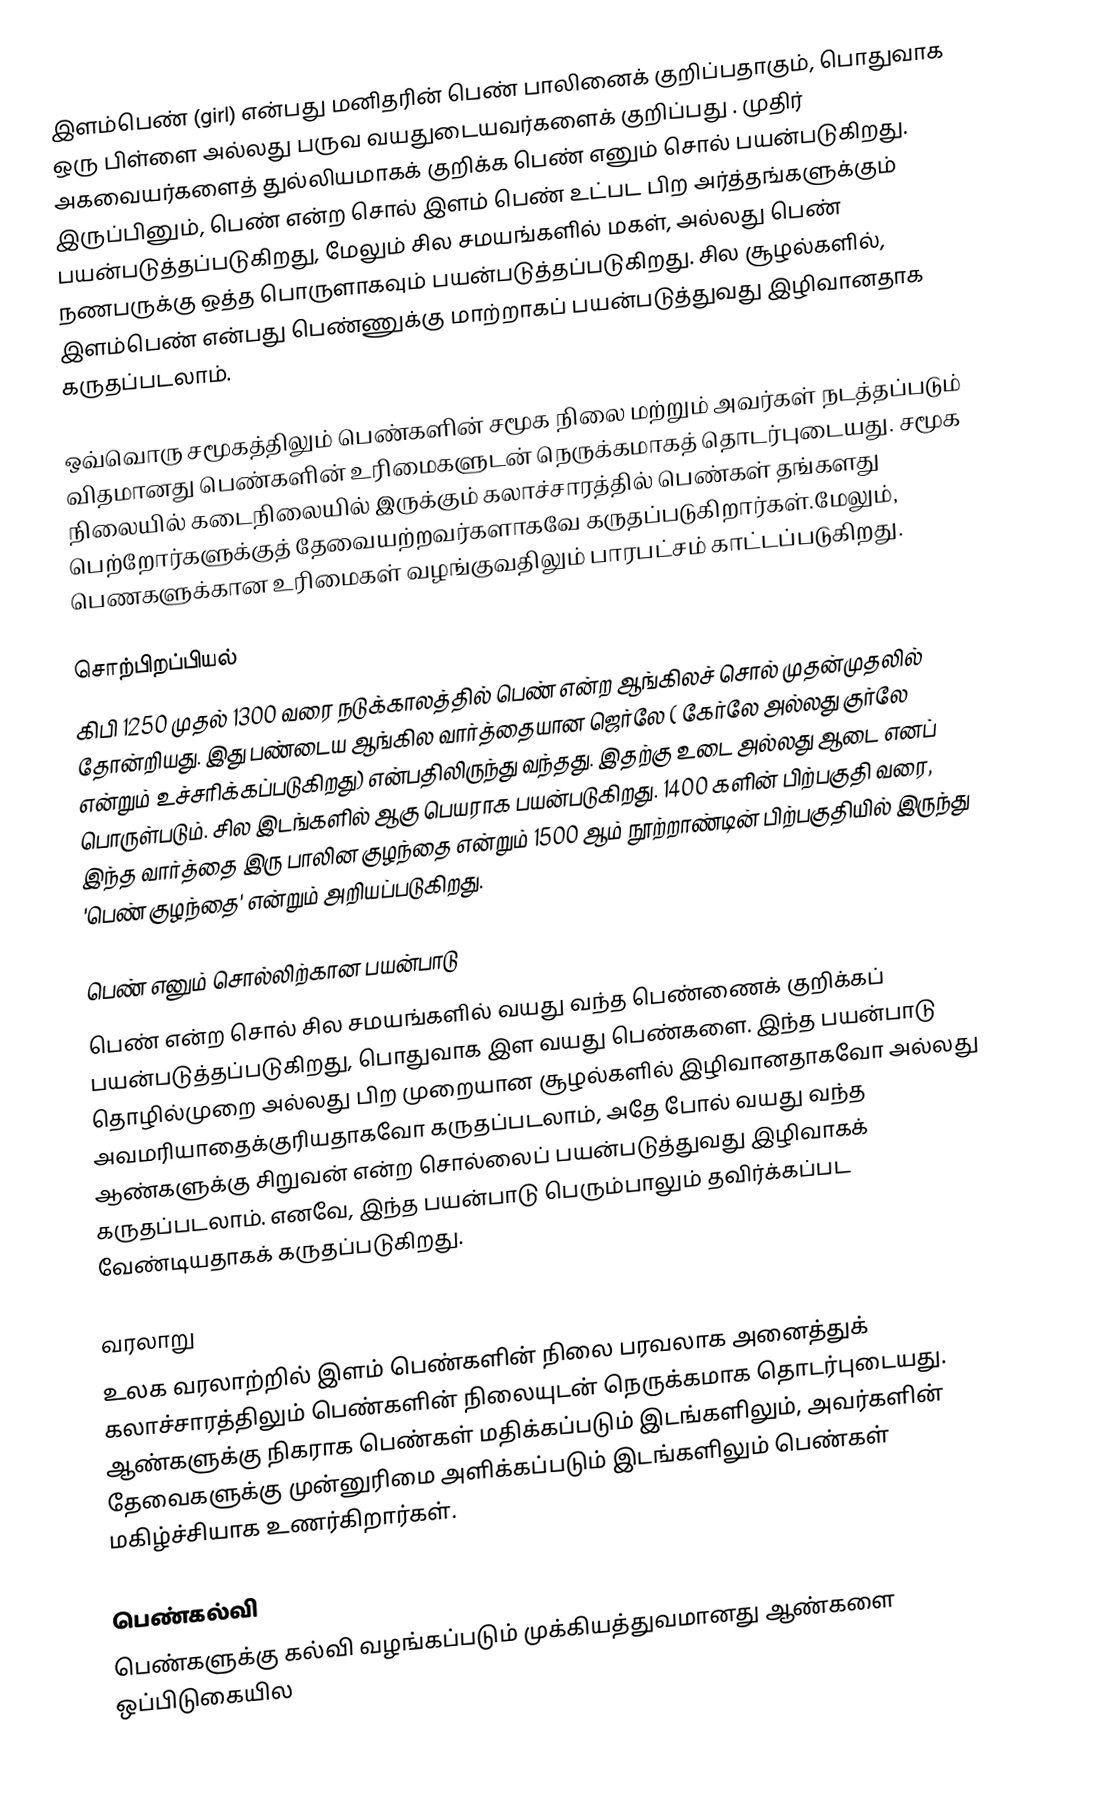
இளம்பெண் (girl)  என்பது மனிதரின் பெண் பாலினைக் குறிப்பதாகும், பொதுவாக ஒரு பிள்ளை அல்லது பருவ வயதுடையவர்களைக் குறிப்பது . முதிர் அகவையர்களைத்  துல்லியமாகக் குறிக்க பெண் எனும் சொல் பயன்படுகிறது. இருப்பினும், பெண் என்ற சொல் இளம் பெண் உட்பட பிற அர்த்தங்களுக்கும் பயன்படுத்தப்படுகிறது, மேலும் சில சமயங்களில் மகள், அல்லது பெண் நணபருக்கு  ஒத்த பொருளாகவும் பயன்படுத்தப்படுகிறது.  சில சூழல்களில், இளம்பெண் என்பது பெண்ணுக்கு மாற்றாகப் பயன்படுத்துவது இழிவானதாக கருதப்படலாம்.

ஒவ்வொரு சமூகத்திலும் பெண்களின்  சமூக நிலை மற்றும் அவர்கள் நடத்தப்படும் விதமானது பெண்களின் உரிமைகளுடன் நெருக்கமாகத் தொடர்புடையது. சமூக நிலையில்  கடைநிலையில் இருக்கும் கலாச்சாரத்தில்  பெண்கள் தங்களது பெற்றோர்களுக்குத் தேவையற்றவர்களாகவே கருதப்படுகிறார்கள்.மேலும், பெணகளுக்கான உரிமைகள் வழங்குவதிலும் பாரபட்சம் காட்டப்படுகிறது.

சொற்பிறப்பியல்
கிபி 1250 முதல் 1300 வரை நடுக்காலத்தில் பெண் என்ற ஆங்கிலச் சொல் முதன்முதலில் தோன்றியது. இது பண்டைய ஆங்கில வார்த்தையான ஜெர்லே ( கேர்லே அல்லது குர்லே என்றும் உச்சரிக்கப்படுகிறது) என்பதிலிருந்து வந்தது. இதற்கு உடை அல்லது ஆடை எனப் பொருள்படும்.  சில இடங்களில் ஆகு பெயராக பயன்படுகிறது. 1400 களின் பிற்பகுதி வரை, இந்த வார்த்தை இரு பாலின குழந்தை என்றும் 1500 ஆம் நூற்றாண்டின் பிற்பகுதியில் இருந்து 'பெண் குழந்தை' என்றும் அறியப்படுகிறது.

பெண் எனும் சொல்லிற்கான பயன்பாடு
பெண் என்ற சொல் சில சமயங்களில் வயது வந்த பெண்ணைக் குறிக்கப் பயன்படுத்தப்படுகிறது, பொதுவாக இள வயது பெண்களை. இந்த பயன்பாடு தொழில்முறை அல்லது பிற முறையான சூழல்களில் இழிவானதாகவோ அல்லது அவமரியாதைக்குரியதாகவோ கருதப்படலாம், அதே போல் வயது வந்த ஆண்களுக்கு சிறுவன் என்ற சொல்லைப் பயன்படுத்துவது இழிவாகக் கருதப்படலாம். எனவே, இந்த பயன்பாடு பெரும்பாலும் தவிர்க்கப்பட வேண்டியதாகக் கருதப்படுகிறது.

வரலாறு
உலக வரலாற்றில் இளம் பெண்களின் நிலை பரவலாக அனைத்துக் கலாச்சாரத்திலும் பெண்களின் நிலையுடன் நெருக்கமாக தொடர்புடையது. ஆண்களுக்கு நிகராக பெண்கள் மதிக்கப்படும் இடங்களிலும், அவர்களின் தேவைகளுக்கு முன்னுரிமை அளிக்கப்படும் இடங்களிலும் பெண்கள் மகிழ்ச்சியாக உணர்கிறார்கள்.

பெண்கல்வி
பெண்களுக்கு கல்வி வழங்கப்படும் முக்கியத்துவமானது ஆண்களை ஒப்பிடுகையில